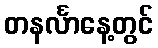
တနင်္လာနေ့တွင်